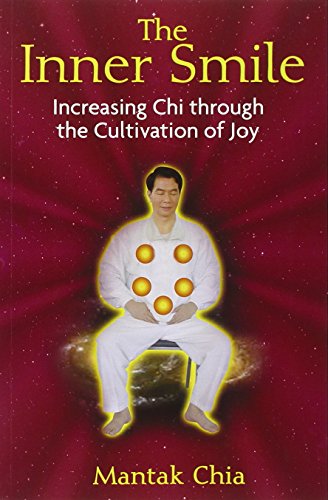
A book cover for The Inner Smile: Increasing Chi through the Cultivation of Joy; Mantak Chia; Religion & Spirituality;